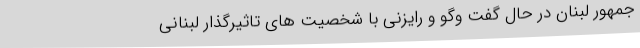
جمهور لبنان در حال گفت وگو و رایزنی با شخصیت های تاثیرگذار لبنانی